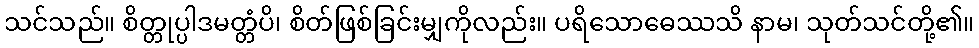
သင်သည်။ စိတ္တုပ္ပါဒမတ္တံပိ၊ စိတ်ဖြစ်ခြင်းမျှကိုလည်း။ ပရိသောဓေဿသိ နာမ၊ သုတ်သင်တို့၏။